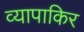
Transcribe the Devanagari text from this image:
व्यापाकिर